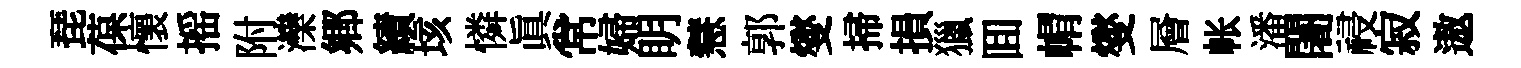
琵葆懷摇附灤郷績垓憐真常婦眀慧郭燮掃損獵囬㡌燮層帐潘闍祲寂遨